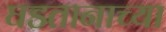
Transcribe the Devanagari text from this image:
घडतानाच्या